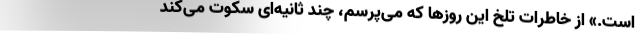
است.» از خاطرات تلخ این روزها که می‌پرسم، چند ثانیه‌ای سکوت می‌کند